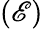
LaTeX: \left(\mathscr{E}\right)